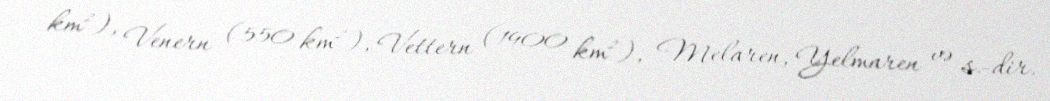
km²), Venern (550 km²), Vettern (1900 km²), Melaren, Yelmaren və s.-dir.